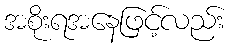
အစိုးရအနေဖြင့်လည်း